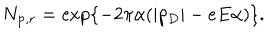
N _ { { \bf p } , r } = \exp \left\{ - 2 \pi \alpha ( | p _ { D } | - e E \alpha ) \right\} .